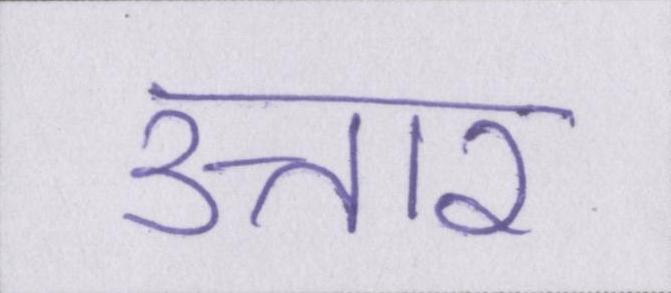
उत्तार